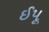
ઈપૂ